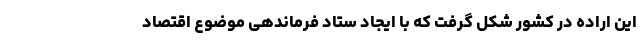
این اراده در کشور شکل گرفت که با ایجاد ستاد فرماندهی موضوع اقتصاد